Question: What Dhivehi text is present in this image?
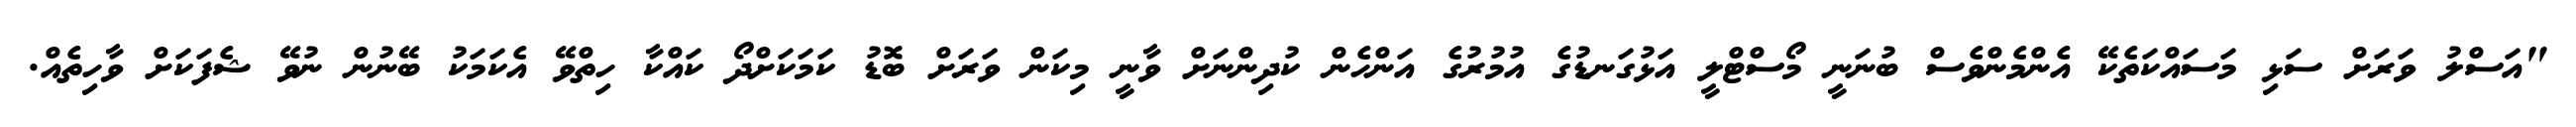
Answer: "އަސްލު ވަރަށް ސަޅި މަސައްކަތެކޭ އެންމެންވެސް ބުނަނީ މޯސްޓްލީ އަޅުގަނޑުގެ އުމުރުގެ އަންހެން ކުދިންނަށް ވާނީ މިކަން ވަރަށް ބޮޑު ކަމަކަށްދޯ ކައްކާ ހިތްވޭ އެކަމަކު ބޭނުން ނުވޭ ޝެފަކަށް ވާހިތެއް.